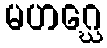
မဟဂ္ဃေ